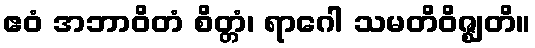
ဧဝံ အဘာဝိတံ စိတ္တံ၊ ရာဂေါ သမတိဝိဇ္ဈတိ။